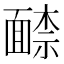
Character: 𩈶